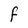
Character: F